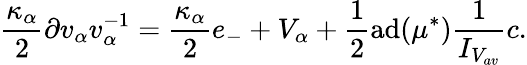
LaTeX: \frac{\kappa_{\alpha}}{2}\partial v_{\alpha}v_{\alpha}^{-1}=\frac{\kappa_{\alpha}}{2}e_{-}+V_{\alpha}+\frac{1}{2}\mathrm{ad}(\mu^{*})\frac{1}{I_{V_{av}}}c.